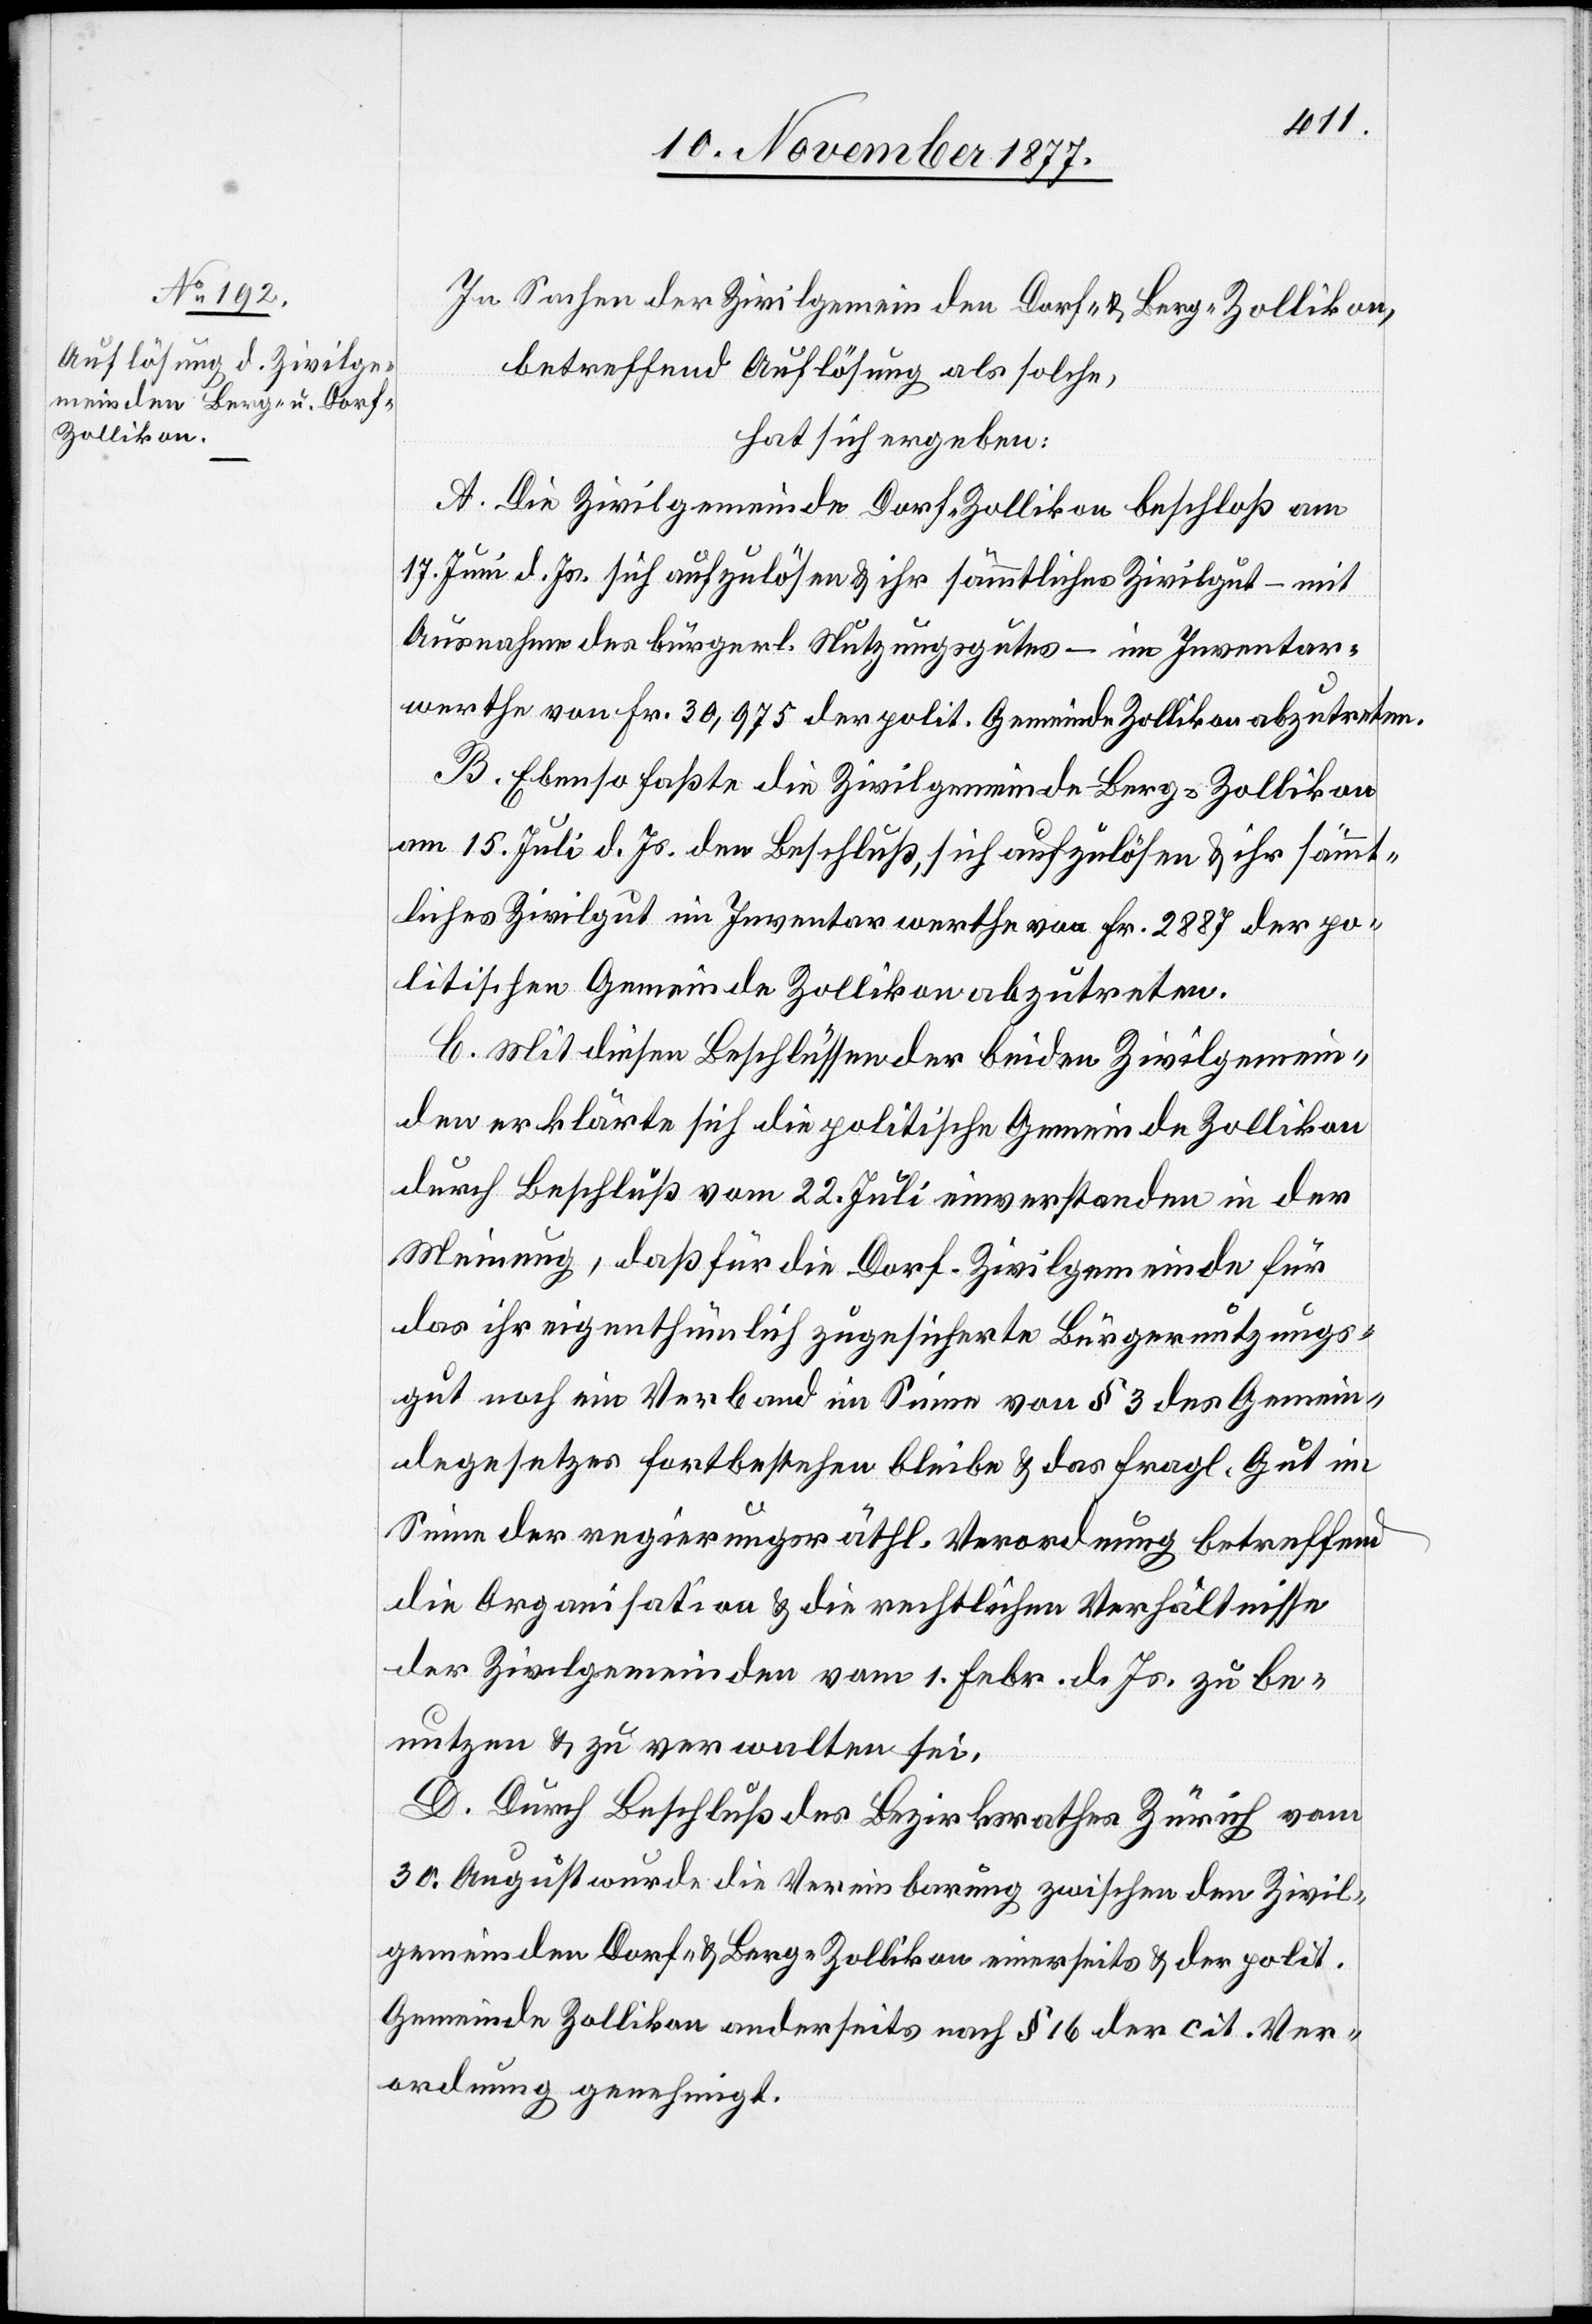
In Sachen der Zivilgemeinden Dorf- & Berg-Zollikon,
betreffend Auflösung als solche,
hat sich ergeben:
A. Die Zivilgemeinde Dorf-Zollikon beschloß am
17. Juni d. Js. sich aufzulösen & ihr sämmtliches Zivilgut – mit
Ausnahme des bürgerl. Nutzungsgutes – im Inventar¬
werthe von Fr. 30,975 der polit. Gemeinde Zollikon abzutreten.
B. Ebenso faßte die Zivilgemeinde Berg-Zollikon
am 15. Juli d. Js. den Beschluß, sich aufzulösen & ihr sämmt¬
liches Zivilgut im Inventarwerthe von Fr. 2887 der po¬
litischen Gemeinde Zollikon abzutreten.
C. Mit diesen Beschlüssen der beiden Zivilgemein¬
den erklärte sich die politische Gemeinde Zollikon
durch Beschluß vom 22. Juli einverstanden in der
Meinung, daß für die Dorf-Zivilgemeinde für
das ihr eigenthümlich zugesicherte Bürgernutzungs¬
gut noch ein Verband im Sinne von § 3 des Gemein¬
degesetzes fortbestehen bleibe & das fragl. Gut im
Sinne der regierungsräthl. Verordnung betreffend
die Organisation & die rechtlichen Verhältnisse
der Zivilgemeinden vom 1. Febr. d. Js. zu be¬
nutzen & zu verwalten sei.
D. Durch Beschluß des Bezirksrathes Zürich vom
30. August wurde die Vereinbarung zwischen den Zivil¬
gemeinden Dorf- & Berg-Zollikon einerseits & der polit.
Gemeinde Zollikon anderseits nach § 16 der cit. Ver¬
ordnung genehmigt.